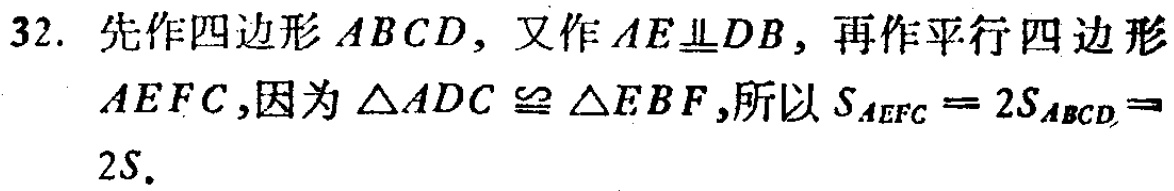
32. 先作四边形 \(ABCD\)，又作 \(AE\perp DB\)，再作平行四边形 \(AEFC\)，因为 \(\triangle ADC\cong\triangle EBF\)，所以 \(S_{AEFC}=2S_{ABCD}=2S\)。